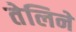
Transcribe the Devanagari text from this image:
तेलिने